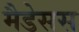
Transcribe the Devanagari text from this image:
मैडेसस